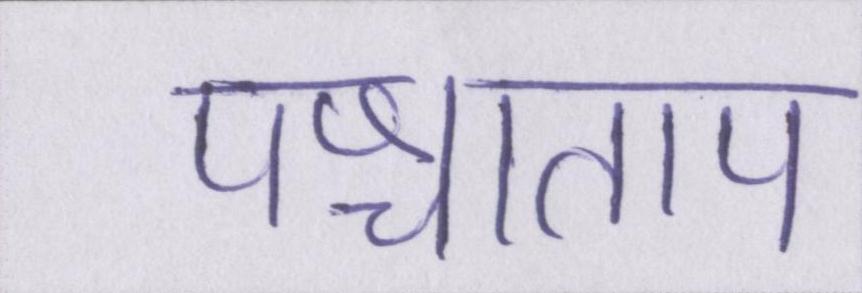
पश्चाताप